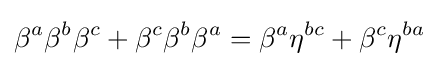
\beta ^{a}\beta ^{b}\beta ^{c}+\beta ^{c}\beta ^{b}\beta ^{a}=\beta ^{a}\eta ^{bc}+\beta ^{c}\eta ^{ba}